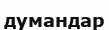
думандар